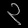
Digit: ၃